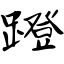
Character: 蹬